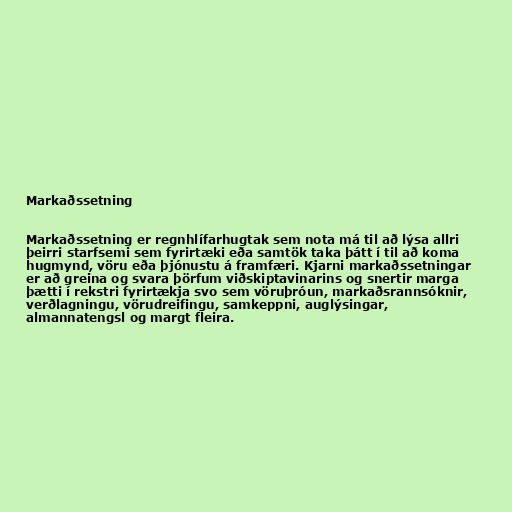
Markaðssetning

Markaðssetning er regnhlífarhugtak sem nota má til að lýsa allri
þeirri starfsemi sem fyrirtæki eða samtök taka þátt í til að koma
hugmynd, vöru eða þjónustu á framfæri. Kjarni markaðssetningar
er að greina og svara þörfum viðskiptavinarins og snertir marga
þætti í rekstri fyrirtækja svo sem vöruþróun, markaðsrannsóknir,
verðlagningu, vörudreifingu, samkeppni, auglýsingar,
almannatengsl og margt fleira.